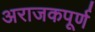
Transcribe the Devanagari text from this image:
अराजकपूर्ण